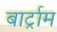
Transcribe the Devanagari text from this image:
बार्ट्राम